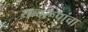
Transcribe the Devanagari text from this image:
शब्दरूपांचा